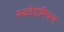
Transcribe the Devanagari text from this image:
स्वदेशमित्रण